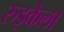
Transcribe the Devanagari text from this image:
रुड़केला